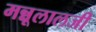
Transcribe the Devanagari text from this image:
मन्नूलालजी